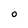
Character: O